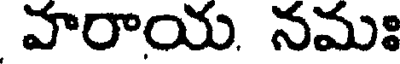
వారాయ. నమః